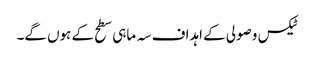
ٹیکس وصولی کے اہداف سہ ماہی سطح کے ہوں گے۔